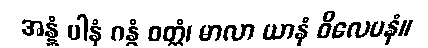
အန္နံ ပါနံ ဂန္ဓံ ဝတ္ထံ၊ မာလာ ယာနံ ဝိလေပနံ။